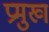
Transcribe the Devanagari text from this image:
प्रमुख्‍ा